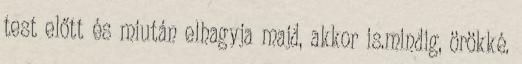
test előtt és miután elhagyja majd, akkor is.mindig, örökké.